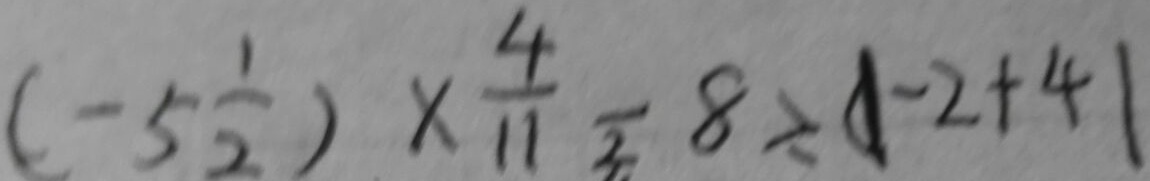
( - 5 \frac { 1 } { 2 } ) \times \frac { 4 } { 1 1 } - 8 \div ( \vert - 2 + 4 \vert